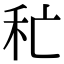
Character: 𥝕